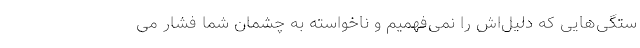
ستگی‌هایی که دلیل‌اش را نمی‌فهمیم و ناخواسته به چشمان شما فشار می